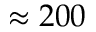
\approx 2 0 0